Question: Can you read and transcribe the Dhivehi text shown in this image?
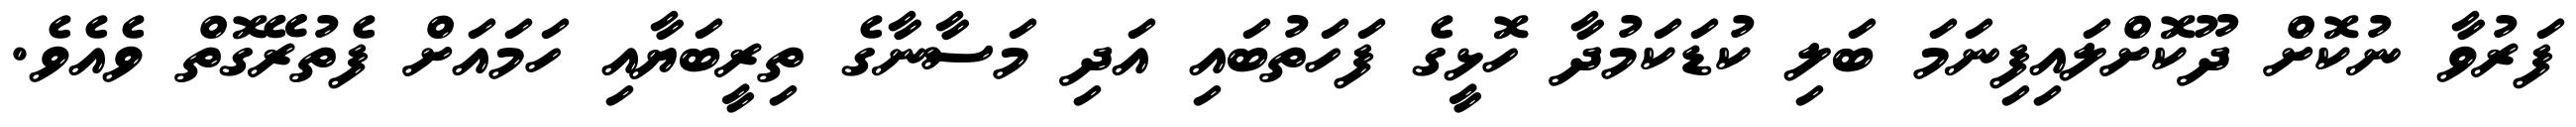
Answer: ފަރުވާ ނުކޮށް ދޫކޮށްލައިފިނަމަ ބަލި ކުޑަކަމުދާ ހޮޅީގެ ފަހަތުބައި އަދި މަސާނާގެ ތިރީބަޔާއި ހަމައަށް ފެތުރޭގޮތް ވެއެވެ.